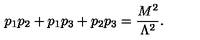
p _ { 1 } p _ { 2 } + p _ { 1 } p _ { 3 } + p _ { 2 } p _ { 3 } = \frac { M ^ { 2 } } { \Lambda ^ { 2 } } .